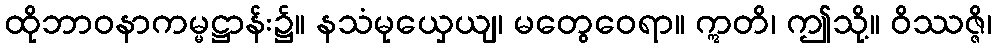
ထိုဘာဝနာကမ္မဋ္ဌာန်း၌။ နသံမုယှေယျ၊ မတွေဝေရာ။ ဣတိ၊ ဤသို့။ ဝိဿဇ္ဇိ၊